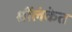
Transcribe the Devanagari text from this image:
श्रींलंकेत